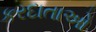
કરદાતાઓ